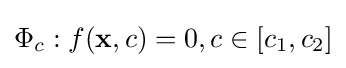
\Phi _{c}:f({\mathbf {x} },c)=0,c\in [c_{1},c_{2}]